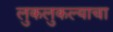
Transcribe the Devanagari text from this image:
लुकलुकल्याचा